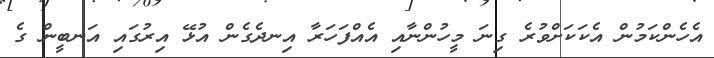
އެހެންކަމުން އެކަކަށްވުރެ ގިނަ މީހުންނާއި އެއްފަހަރާ އިނދެގެން އުޅޭ އިރުގައި އަނބީން ގެ